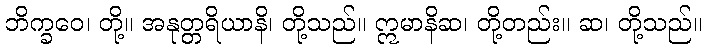
ဘိက္ခဝေ၊ တို့။ အနုတ္တရိယာနိ၊ တို့သည်။ ဣမာနိဆ၊ တို့တည်း။ ဆ၊ တို့သည်။